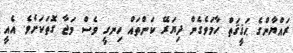
ރައްޔާންގެ ޙަޤީޤަތް ހާމަވެގެން ދިޔަރޭ ކަންތައް ހިނގީ ވެސް މަޖާ ގޮތަކަށެވެ. އެއީ